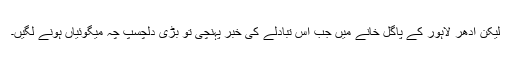
لیکن اِدھر لاہور کے پاگل خانے میں جب اس تبادلے کی خبر پہنچی تو بڑی دلچسپ چہ میگوئیاں ہونے لگیں۔